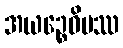
အယဉ္စေဝိမဿ